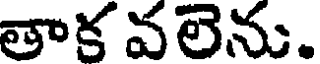
తాక వలెను.